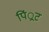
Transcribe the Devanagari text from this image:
पिं्रट